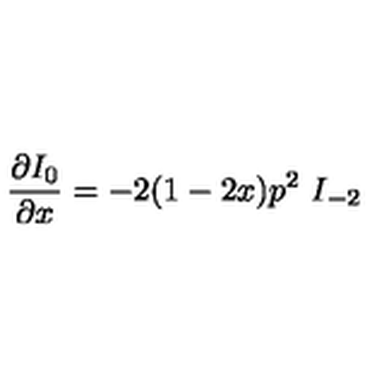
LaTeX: \frac { \partial I _ { 0 } } { \partial x } = - 2 ( 1 - 2 x ) p ^ { 2 } \ I _ { - 2 }